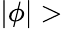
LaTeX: \vert\phi\vert>